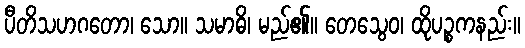
ပီတိသဟဂတော၊ သော။ သမာဓိ၊ မည်၏။ တေသွေဝ၊ ထိုပဉ္စကနည်း။